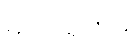
မဟာရဟမှိ